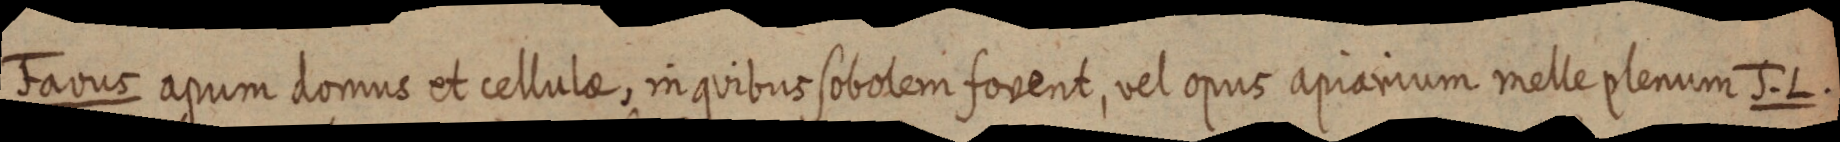
Favus apum domus et cellulae, in quibus sobolem fovent, vel opus apiarium melle plenum J. L.